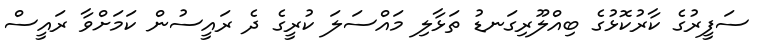
ސަފީރުގެ ކާރުކޮޅުގެ ބިއްލޫރިގަނޑު ތަޅާލި މައްސަލަ ކުރީގެ ދެ ރައީސުން ކަމަށްވާ ރައީސް